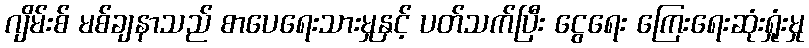
ဂျိမ်းစ် မစ်ချနာသည် စာပေရေးသားမှုနှင့် ပတ်သက်ပြီး ငွေရေး ကြေးရေးဆုံးရှုံးမှု